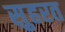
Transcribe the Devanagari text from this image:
स़ुहरत